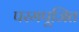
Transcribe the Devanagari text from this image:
परमपूजित